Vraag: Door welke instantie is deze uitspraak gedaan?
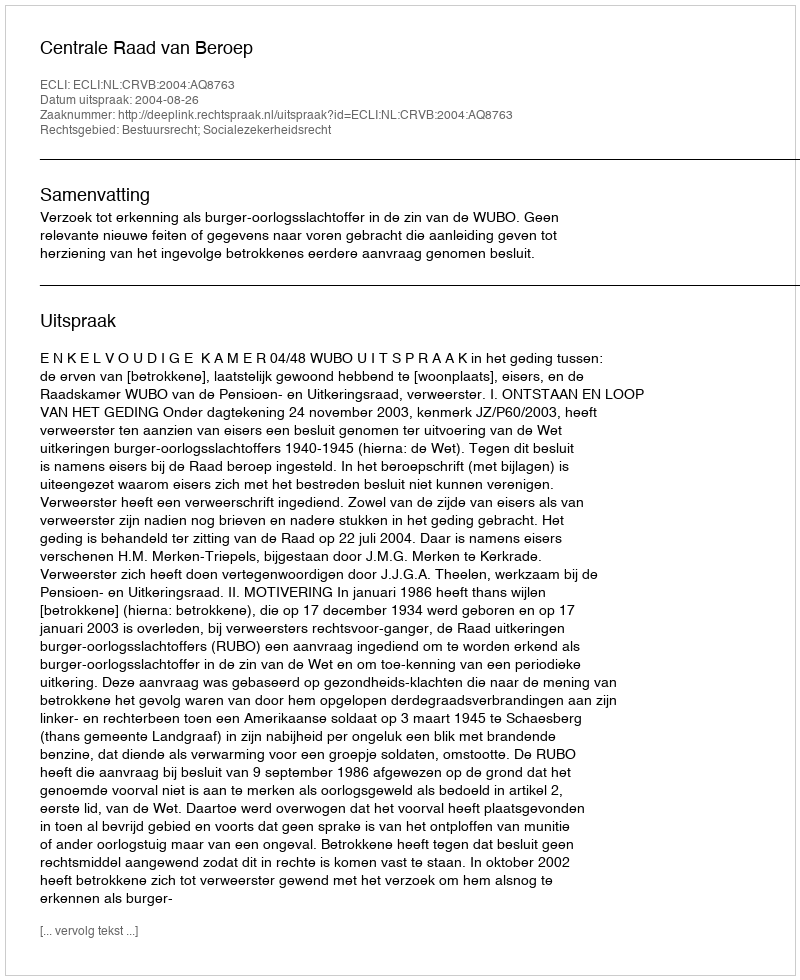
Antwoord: Centrale Raad van Beroep